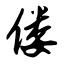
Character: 偻